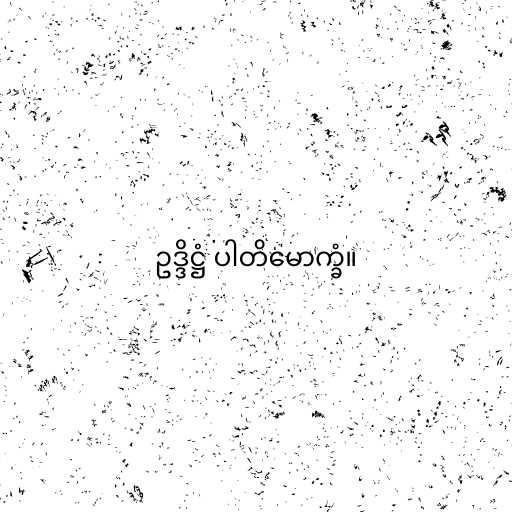
ဥဒ္ဒိဋ္ဌံ ပါတိမောက္ခံ။